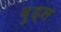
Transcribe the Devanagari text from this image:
व़ुड्स